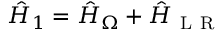
\hat { H } _ { 1 } = \hat { H } _ { \Omega } + \hat { H } _ { \mathrm { ~ L ~ R ~ } }